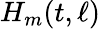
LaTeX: H_{m}(t,\ell)